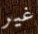
غير